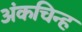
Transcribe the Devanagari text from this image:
अंकचिन्ह